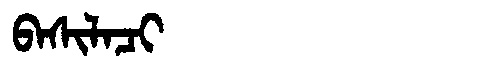
Manchu: ᠪᠠᠰᡳᠯᠠᠴᡳ
Romanization: BASILACI